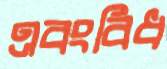
এবংবিধ